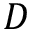
D